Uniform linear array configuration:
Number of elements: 32
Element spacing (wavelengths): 1
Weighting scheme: kaiser
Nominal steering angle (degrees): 15
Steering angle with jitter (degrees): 14.666
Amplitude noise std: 0.05
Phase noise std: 0.05

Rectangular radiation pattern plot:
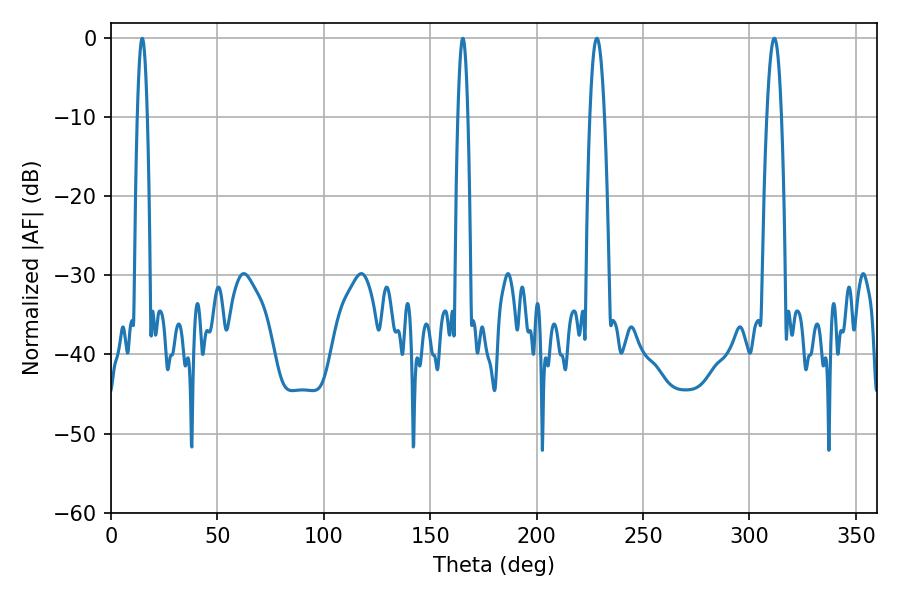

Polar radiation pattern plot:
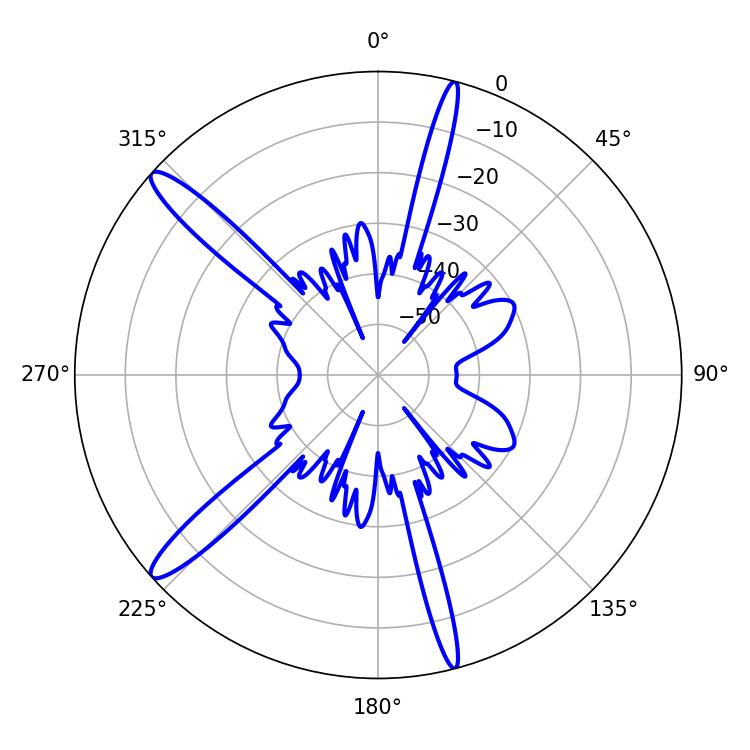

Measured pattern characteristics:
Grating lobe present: TRUE
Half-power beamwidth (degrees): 3.78
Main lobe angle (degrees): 311.76